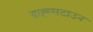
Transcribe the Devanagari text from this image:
ग्राह्म्सटाउन